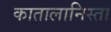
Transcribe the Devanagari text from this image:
कातालानिस्ता